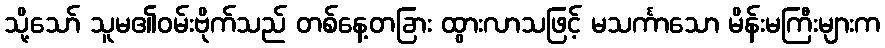
သို့သော် သူမ၏ဝမ်းဗိုက်သည် တစ်နေ့တခြား ထွားလာသဖြင့် မသင်္ကာသော မိန်းမကြီးများက